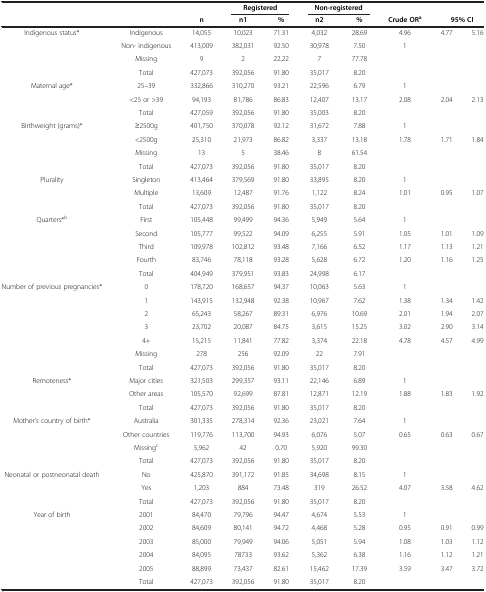
<table><thead><tr><td><b> </b></td><td><b> </b></td><td><b> </b></td><td colspan="2"><b>Registered</b></td><td colspan="2"><b>Non-registered</b></td><td><b> </b></td><td><b> </b></td><td><b> </b></td></tr><tr><td><b> </b></td><td><b> </b></td><td><b>n</b></td><td><b>n1</b></td><td><b>%</b></td><td><b>n2</b></td><td><b>%</b></td><td><b>Crude OR<sup>a</sup></b></td><td colspan="2"><b>95% CI</b></td></tr></thead><tbody><tr><td rowspan="4">Indigenous status*</td><td>Indigenous</td><td>14,055</td><td>10,023</td><td>71.31</td><td>4,032</td><td>28.69</td><td>4.96</td><td>4.77</td><td>5.16</td></tr><tr><td>Non- indigenous</td><td>413,009</td><td>382,031</td><td>92.50</td><td>30,978</td><td>7.50</td><td>1</td><td> </td><td> </td></tr><tr><td>Missing</td><td>9</td><td>2</td><td>22.22</td><td>7</td><td>77.78</td><td> </td><td> </td><td> </td></tr><tr><td>Total</td><td>427,073</td><td>392,056</td><td>91.80</td><td>35,017</td><td>8.20</td><td> </td><td> </td><td> </td></tr><tr><td rowspan="3">Maternal age*</td><td>25–39</td><td>332,866</td><td>310,270</td><td>93.21</td><td>22,596</td><td>6.79</td><td>1</td><td> </td><td> </td></tr><tr><td>&lt;25 or &gt;39</td><td>94,193</td><td>81,786</td><td>86.83</td><td>12,407</td><td>13.17</td><td>2.08</td><td>2.04</td><td>2.13</td></tr><tr><td>Total</td><td>427,059</td><td>392,056</td><td>91.80</td><td>35,003</td><td>8.20</td><td> </td><td> </td><td> </td></tr><tr><td rowspan="4">Birthweight (grams)*</td><td>≥2500g</td><td>401,750</td><td>370,078</td><td>92.12</td><td>31,672</td><td>7.88</td><td>1</td><td> </td><td> </td></tr><tr><td>&lt;2500g</td><td>25,310</td><td>21,973</td><td>86.82</td><td>3,337</td><td>13.18</td><td>1.78</td><td>1.71</td><td>1.84</td></tr><tr><td>Missing</td><td>13</td><td>5</td><td>38.46</td><td>8</td><td>61.54</td><td> </td><td> </td><td> </td></tr><tr><td>Total</td><td>427,073</td><td>392,056</td><td>91.80</td><td>35,017</td><td>8.20</td><td> </td><td> </td><td> </td></tr><tr><td rowspan="3">Plurality</td><td>Singleton</td><td>413,464</td><td>379,569</td><td>91.80</td><td>33,895</td><td>8.20</td><td>1</td><td> </td><td> </td></tr><tr><td>Multiple</td><td>13,609</td><td>12,487</td><td>91.76</td><td>1,122</td><td>8.24</td><td>1.01</td><td>0.95</td><td>1.07</td></tr><tr><td>Total</td><td>427,073</td><td>392,056</td><td>91.80</td><td>35,017</td><td>8.20</td><td> </td><td> </td><td> </td></tr><tr><td rowspan="4">Quarters*<sup>b</sup></td><td>First</td><td>105,448</td><td>99,499</td><td>94.36</td><td>5,949</td><td>5.64</td><td>1</td><td> </td><td> </td></tr><tr><td>Second</td><td>105,777</td><td>99,522</td><td>94.09</td><td>6,255</td><td>5.91</td><td>1.05</td><td>1.01</td><td>1.09</td></tr><tr><td>Third</td><td>109,978</td><td>102,812</td><td>93.48</td><td>7,166</td><td>6.52</td><td>1.17</td><td>1.13</td><td>1.21</td></tr><tr><td>Fourth</td><td>83,746</td><td>78,118</td><td>93.28</td><td>5,628</td><td>6.72</td><td>1.20</td><td>1.16</td><td>1.25</td></tr><tr><td> </td><td>Total</td><td>404,949</td><td>379,951</td><td>93.83</td><td>24,998</td><td>6.17</td><td> </td><td> </td><td> </td></tr><tr><td rowspan="5">Number of previous pregnancies*</td><td>0</td><td>178,720</td><td>168,657</td><td>94.37</td><td>10,063</td><td>5.63</td><td>1</td><td> </td><td> </td></tr><tr><td>1</td><td>143,915</td><td>132,948</td><td>92.38</td><td>10,967</td><td>7.62</td><td>1.38</td><td>1.34</td><td>1.42</td></tr><tr><td>2</td><td>65,243</td><td>58,267</td><td>89.31</td><td>6,976</td><td>10.69</td><td>2.01</td><td>1.94</td><td>2.07</td></tr><tr><td>3</td><td>23,702</td><td>20,087</td><td>84.75</td><td>3,615</td><td>15.25</td><td>3.02</td><td>2.90</td><td>3.14</td></tr><tr><td>4+</td><td>15,215</td><td>11,841</td><td>77.82</td><td>3,374</td><td>22.18</td><td>4.78</td><td>4.57</td><td>4.99</td></tr><tr><td> </td><td>Missing</td><td>278</td><td>256</td><td>92.09</td><td>22</td><td>7.91</td><td> </td><td> </td><td> </td></tr><tr><td> </td><td>Total</td><td>427,073</td><td>392,056</td><td>91.80</td><td>35,017</td><td>8.20</td><td> </td><td> </td><td> </td></tr><tr><td>Remoteness*</td><td>Major cities</td><td>321,503</td><td>299,357</td><td>93.11</td><td>22,146</td><td>6.89</td><td>1</td><td> </td><td> </td></tr><tr><td> </td><td>Other areas</td><td>105,570</td><td>92,699</td><td>87.81</td><td>12,871</td><td>12.19</td><td>1.88</td><td>1.83</td><td>1.92</td></tr><tr><td> </td><td>Total</td><td>427,073</td><td>392,056</td><td>91.80</td><td>35,017</td><td>8.20</td><td> </td><td> </td><td> </td></tr><tr><td rowspan="4">Mother’s country of birth*</td><td>Australia</td><td>301,335</td><td>278,314</td><td>92.36</td><td>23,021</td><td>7.64</td><td>1</td><td> </td><td> </td></tr><tr><td>Other countries</td><td>119,776</td><td>113,700</td><td>94.93</td><td>6,076</td><td>5.07</td><td>0.65</td><td>0.63</td><td>0.67</td></tr><tr><td>Missing<sup>c</sup></td><td>5,962</td><td>42</td><td>0.70</td><td>5,920</td><td>99.30</td><td> </td><td> </td><td> </td></tr><tr><td>Total</td><td>427,073</td><td>392,056</td><td>91.80</td><td>35,017</td><td>8.20</td><td> </td><td> </td><td> </td></tr><tr><td rowspan="3">Neonatal or postneonatal death</td><td>No</td><td>425,870</td><td>391,172</td><td>91.85</td><td>34,698</td><td>8.15</td><td>1</td><td> </td><td> </td></tr><tr><td>Yes</td><td>1,203</td><td>884</td><td>73.48</td><td>319</td><td>26.52</td><td>4.07</td><td>3.58</td><td>4.62</td></tr><tr><td>Total</td><td>427,073</td><td>392,056</td><td>91.80</td><td>35,017</td><td>8.20</td><td> </td><td> </td><td> </td></tr><tr><td rowspan="5">Year of birth</td><td>2001</td><td>84,470</td><td>79,796</td><td>94.47</td><td>4,674</td><td>5.53</td><td>1</td><td> </td><td> </td></tr><tr><td>2002</td><td>84,609</td><td>80,141</td><td>94.72</td><td>4,468</td><td>5.28</td><td>0.95</td><td>0.91</td><td>0.99</td></tr><tr><td>2003</td><td>85,000</td><td>79,949</td><td>94.06</td><td>5,051</td><td>5.94</td><td>1.08</td><td>1.03</td><td>1.12</td></tr><tr><td>2004</td><td>84,095</td><td>78733</td><td>93.62</td><td>5,362</td><td>6.38</td><td>1.16</td><td>1.12</td><td>1.21</td></tr><tr><td>2005</td><td>88,899</td><td>73,437</td><td>82.61</td><td>15,462</td><td>17.39</td><td>3.59</td><td>3.47</td><td>3.72</td></tr><tr><td> </td><td>Total</td><td>427,073</td><td>392,056</td><td>91.80</td><td>35,017</td><td>8.20</td><td> </td><td> </td><td> </td></tr></tbody></table>